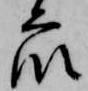
衆